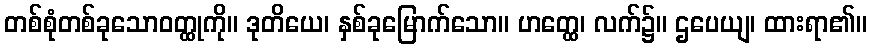
တစ်စုံတစ်ခုသောဝတ္ထုကို။ ဒုတိယေ၊ နှစ်ခုမြောက်သော။ ဟတ္ထေ၊ လက်၌။ ဌပေယျ၊ ထားရာ၏။